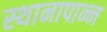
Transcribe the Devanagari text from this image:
स्थानापान्न